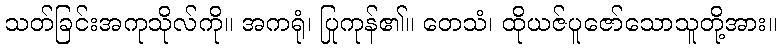
သတ်ခြင်းအကုသိုလ်ကို။ အကရုံ၊ ပြုကုန်၏။ တေသံ၊ ထိုယဇ်ပူဇော်သောသူတို့အား။